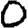
Digit: 0